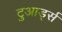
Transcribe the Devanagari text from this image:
टुआर्ड्स